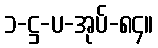
၁-ဋ္ဌ-ပ-အုပ်-၈၄။